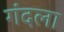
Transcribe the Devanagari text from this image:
गंदला